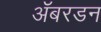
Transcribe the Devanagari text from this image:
ॲबरडन